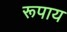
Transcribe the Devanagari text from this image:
रूपाय